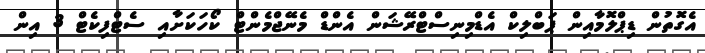
އެގޮތުން ޑިޕްލޮމާއިން ޕަބްލިކް އެޑްމިނިސްޓްރޭޝަން އެންޑް މެނޭޖްމެންޓް ކޯހަކަށާއި ސެޓްފިކެޓް 3 އިން